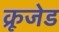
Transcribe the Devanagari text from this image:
क्रूजेड